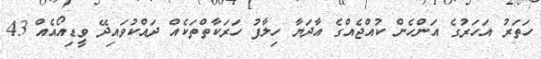
ހަތަރު އަހަރުގެ އަންހެން ކުއްޖެއްގެ އާދަޔާ ހިލާފު ހަރަކާތްތަކެއް ދައްކުވައިދޭ ވީޑިއޯއެއް 43